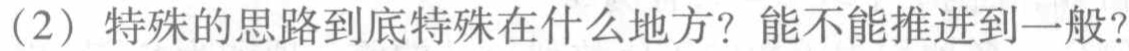
(2) 特殊的思路到底特殊在什么地方？能不能推进到一般？